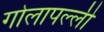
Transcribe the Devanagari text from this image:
गोलापल्ली